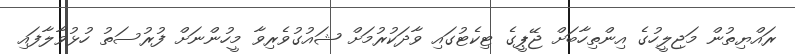
ރައްޔިތުން މަޖިލީހުގެ އިންތިހާބަށް ޖޭޕީގެ ޓިކެޓުގައި ވާދަކުރުމަށް ޝައުގުވެރިވާ މީހުންނަށް ފުރުސަތު ހުޅުވާލާފައި